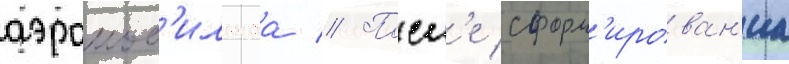
аэромоб'ильнаа // Посл'е сформ'ирован'иа